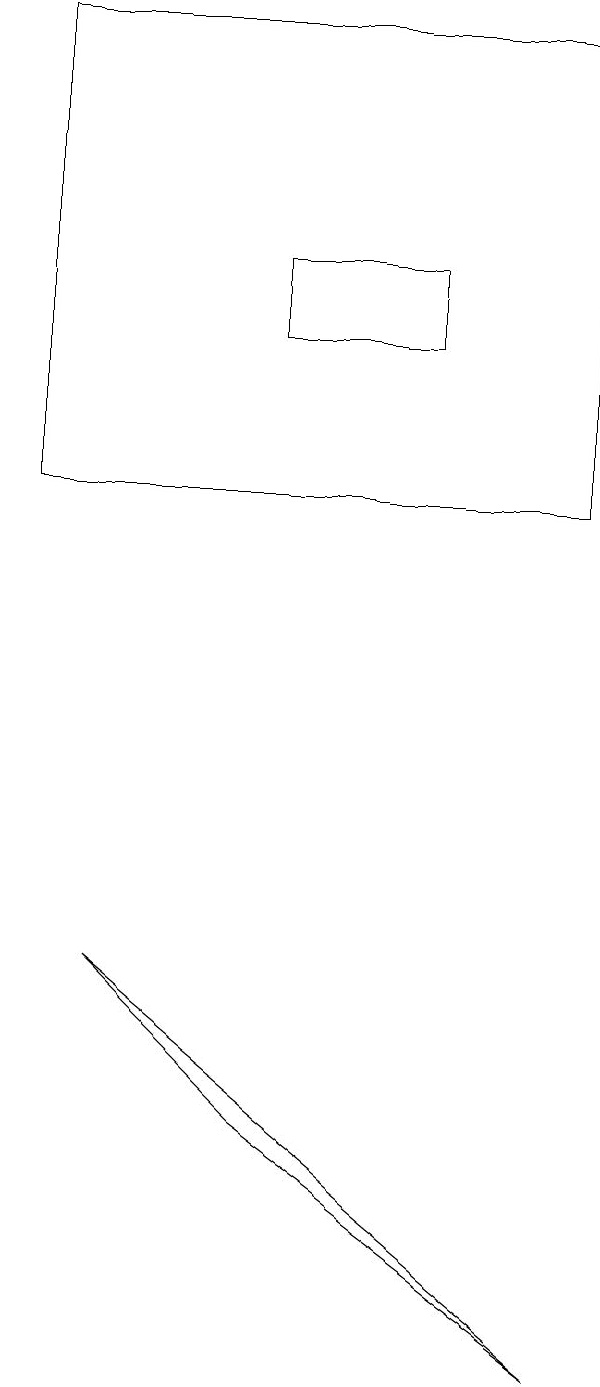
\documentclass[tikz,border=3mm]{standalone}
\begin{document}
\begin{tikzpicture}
\draw (5,4) -- (3,6) -- (9,1) -- cycle;
\draw (9,12) rectangle (2,18);
\draw (5,15) rectangle (7,14);
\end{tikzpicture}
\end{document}